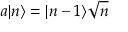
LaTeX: a | n \rangle = | n - 1 \rangle { \sqrt { n } }